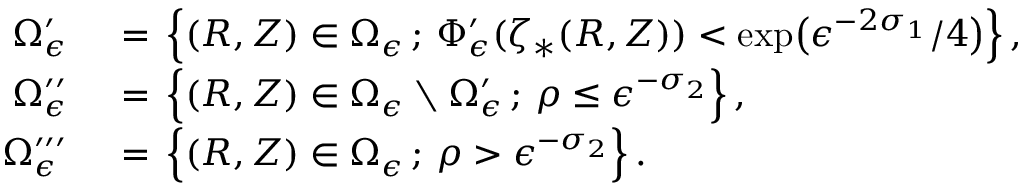
\begin{array} { r l } { \Omega _ { \epsilon } ^ { \prime } \, } & { { } = \, \Bigl \{ ( R , Z ) \in \Omega _ { \epsilon } \, ; \, \Phi _ { \epsilon } ^ { \prime } ( \zeta _ { * } ( R , Z ) ) < \exp \bigl ( \epsilon ^ { - 2 \sigma _ { 1 } } / 4 \bigr ) \Bigr \} \, , } \\ { \Omega _ { \epsilon } ^ { \prime \prime } \, } & { { } = \, \Bigl \{ ( R , Z ) \in \Omega _ { \epsilon } \setminus \Omega _ { \epsilon } ^ { \prime } \, ; \, \rho \le \epsilon ^ { - \sigma _ { 2 } } \Bigr \} \, , } \\ { \Omega _ { \epsilon } ^ { \prime \prime \prime } \, } & { { } = \, \Bigl \{ ( R , Z ) \in \Omega _ { \epsilon } \, ; \, \rho > \epsilon ^ { - \sigma _ { 2 } } \Bigr \} \, . } \end{array}